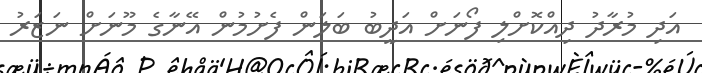
އަދި މުރާދު ދިއްކޮށްލި ފޯނަށް އަދީބު ބަލަން ފެށުމުން އޭނާގެ މޫނަށް ނަޒަރު